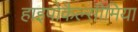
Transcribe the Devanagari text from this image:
हाइपोकैल्सीमिया